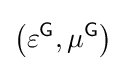
\left(\varepsilon ^{\textsf {G}},\mu ^{\textsf {G}}\right)